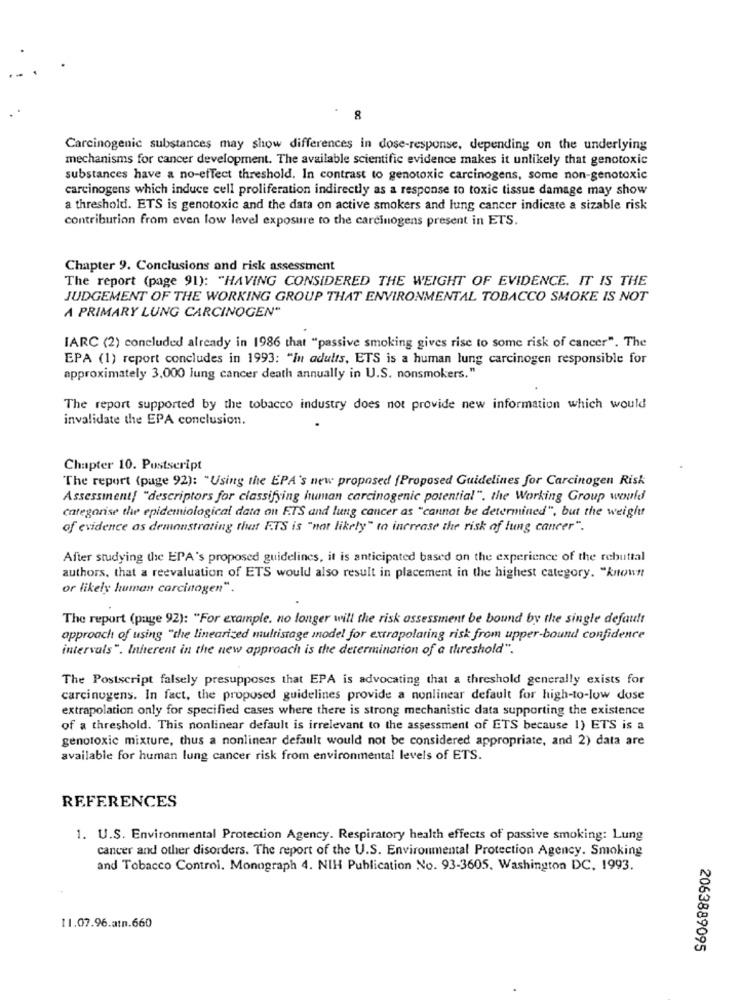
8
Carcinogenic substances may show differences in dose-response, depending on the underlying
mechanisms for cancer development. The available scientific evidence makes it unlikely that genotoxic
substances have a no-effect threshold. In contrast to genotoxic carcinogens, some non-genotoxic
carcinogens which induce cell proliferation indirectly as a response to toxic tissue damage may show
a threshold. ETS is genotoxic and the data on active smokers and lung cancer indicate a sizable risk
contribution from even low level exposure to the carcinogens present in ETS.
Chapter 9. Conclusions and risk assessment
The report (page 91): "HAVING CONSIDERED THE WEIGHT OF EVIDENCE. IT IS THE
JUDGEMENT OF THE WORKING GROUP THAT ENVIRONMENTAL TOBACCO SMOKE IS NOT
A PRIMARY LUNG CARCINOGEN"
IARC (2) concluded already in 1986 that "passive smoking gives rise to some risk of cancer". The
EPA (1) report concludes in 1993: "In adults, ETS is a human lung carcinogen responsible for
approximately 3,000 lung cancer death annually in U.S. nonsmokers."
The report supported by the tobacco industry does not provide new information which would
invalidate the EPA conclusion.
Chapter 10. Postscript
The report (page 92): "Using the EPA's new proposed (Proposed Guidelines for Carcinogen Risk
Assessment{ "descriptors for classifying human carcinogenic potential". the Working Group would
categorise the epidemiological data on ETS and lung cancer as "cannot be determined", but the weight
of evidence as demonstrating that F.TS is "not likely" to increase the risk of lung cancer".
After studying the EPA's proposed guidelines, it is anticipated based on the experience of the rebuttal
authors, that a reevaluation of ETS would also result in placement in the highest category. "known
or likely human carcinogen".
The report (page 92): "For example. no longer will the risk assessment be bound by the single default
approach of using "the linearized multistage model for extrapolaring risk from upper-bound confidence
intervals". Inherent in the new approach is the determination of a threshold".
The Postscript falsely presupposes that EPA is advocating that a threshold generally exists for
carcinogens. In fact, the proposed guidelines provide a nonlinear default for high-to-low dose
extrapolation only for specified cases where there is strong mechanistic data supporting the existence
of a threshold. This nonlinear default is irrelevant to the assessment of ETS because 1) ETS is a
genotoxic mixture, thus a nonlinear default would not be considered appropriate, and 2) data are
available for human lung cancer risk from environmental levels of ETS.
REFERENCES
1. U.S. Environmental Protection Agency. Respiratory health effects of passive smoking: Lung
cancer and other disorders. The report of the U.S. Environmental Protection Agency. Smoking
and Tobacco Control. Monograph 4. NIH Publication No. 93-3605. Washington DC, 1993.
11.07.96.atn.660
2063889095